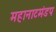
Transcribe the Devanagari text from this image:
महानाटमंडप